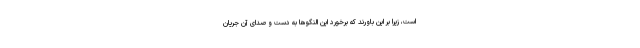
است، زیرا بر این باورند که برخورد این النگو‌ها به دست و صدای آن جریان